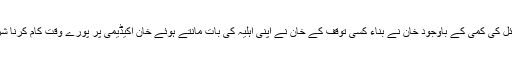
معاشی وسائل کی کمی کے باوجود خان نے بناء کسی توقف کے خان نے اپنی اہلیہ کی بات مانتے ہوئے خان اکیڈیمی پر پورے وقت کام کرنا شروع کردیا۔